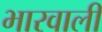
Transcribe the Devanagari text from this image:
भारवाली